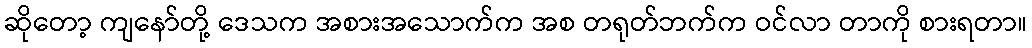
ဆိုတော့ ကျနော်တို့ ဒေသက အစားအသောက်က အစ တရုတ်ဘက်က ဝင်လာ တာကို စားရတာ။